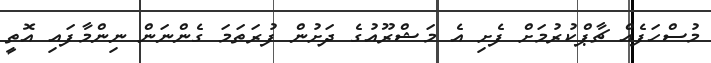
މުސްހަފެއް ޗާޕްކުރުމަށް ފެށި އެ މަޝްރޫއުގެ ދަށުން ފުރަތަމަ ގެންނަން ނިންމާފައި އޮތީ